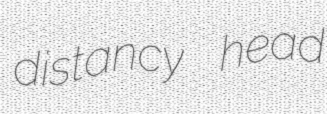
distancy head